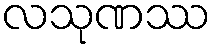
လသုဏဿ